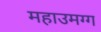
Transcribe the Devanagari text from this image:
महाउमग्ग